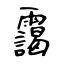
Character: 靄